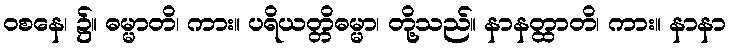
ဝစနေ၊ ၌။ ဓမ္မာတိ၊ ကား။ ပရိယတ္တိဓမ္မာ၊ တို့သည်။ နာနတ္ထာတိ၊ ကား။ နာနာ